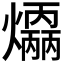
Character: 𤑣